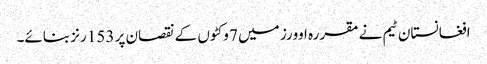
افغانستان ٹیم نے مقررہ اوورز میں 7 وکٹوں کے نقصان پر 153 رنز بنائے۔